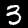
Digit: 3